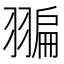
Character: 𦑮